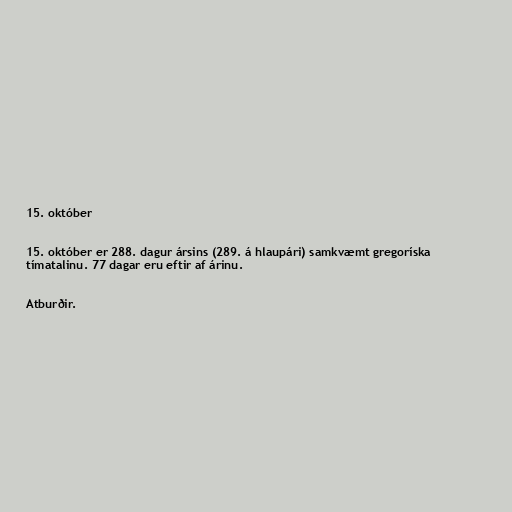
15. október

15. október er 288. dagur ársins (289. á hlaupári) samkvæmt gregoríska
tímatalinu. 77 dagar eru eftir af árinu.

Atburðir.